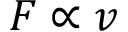
F \propto v